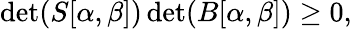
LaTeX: \operatorname*{det}(S[\alpha,\beta])\operatorname*{det}(B[\alpha,\beta])\ge 0,